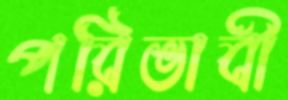
পরিভাবী